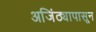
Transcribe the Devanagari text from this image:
अजिंठ्यापासून